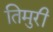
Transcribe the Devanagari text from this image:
तिमुरी